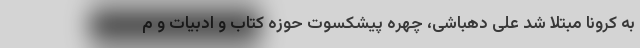
به کرونا مبتلا شد علی دهباشی، چهره پیشکسوت حوزه کتاب و ادبیات و م